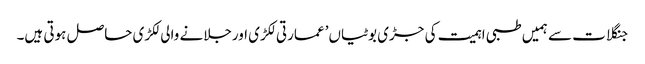
جنگلات سے ہمیں طبی اہمیت کی جڑی بوٹیاں’ عمارتی لکڑی اورجلانے والی لکڑی حاصل ہوتی ہیں۔